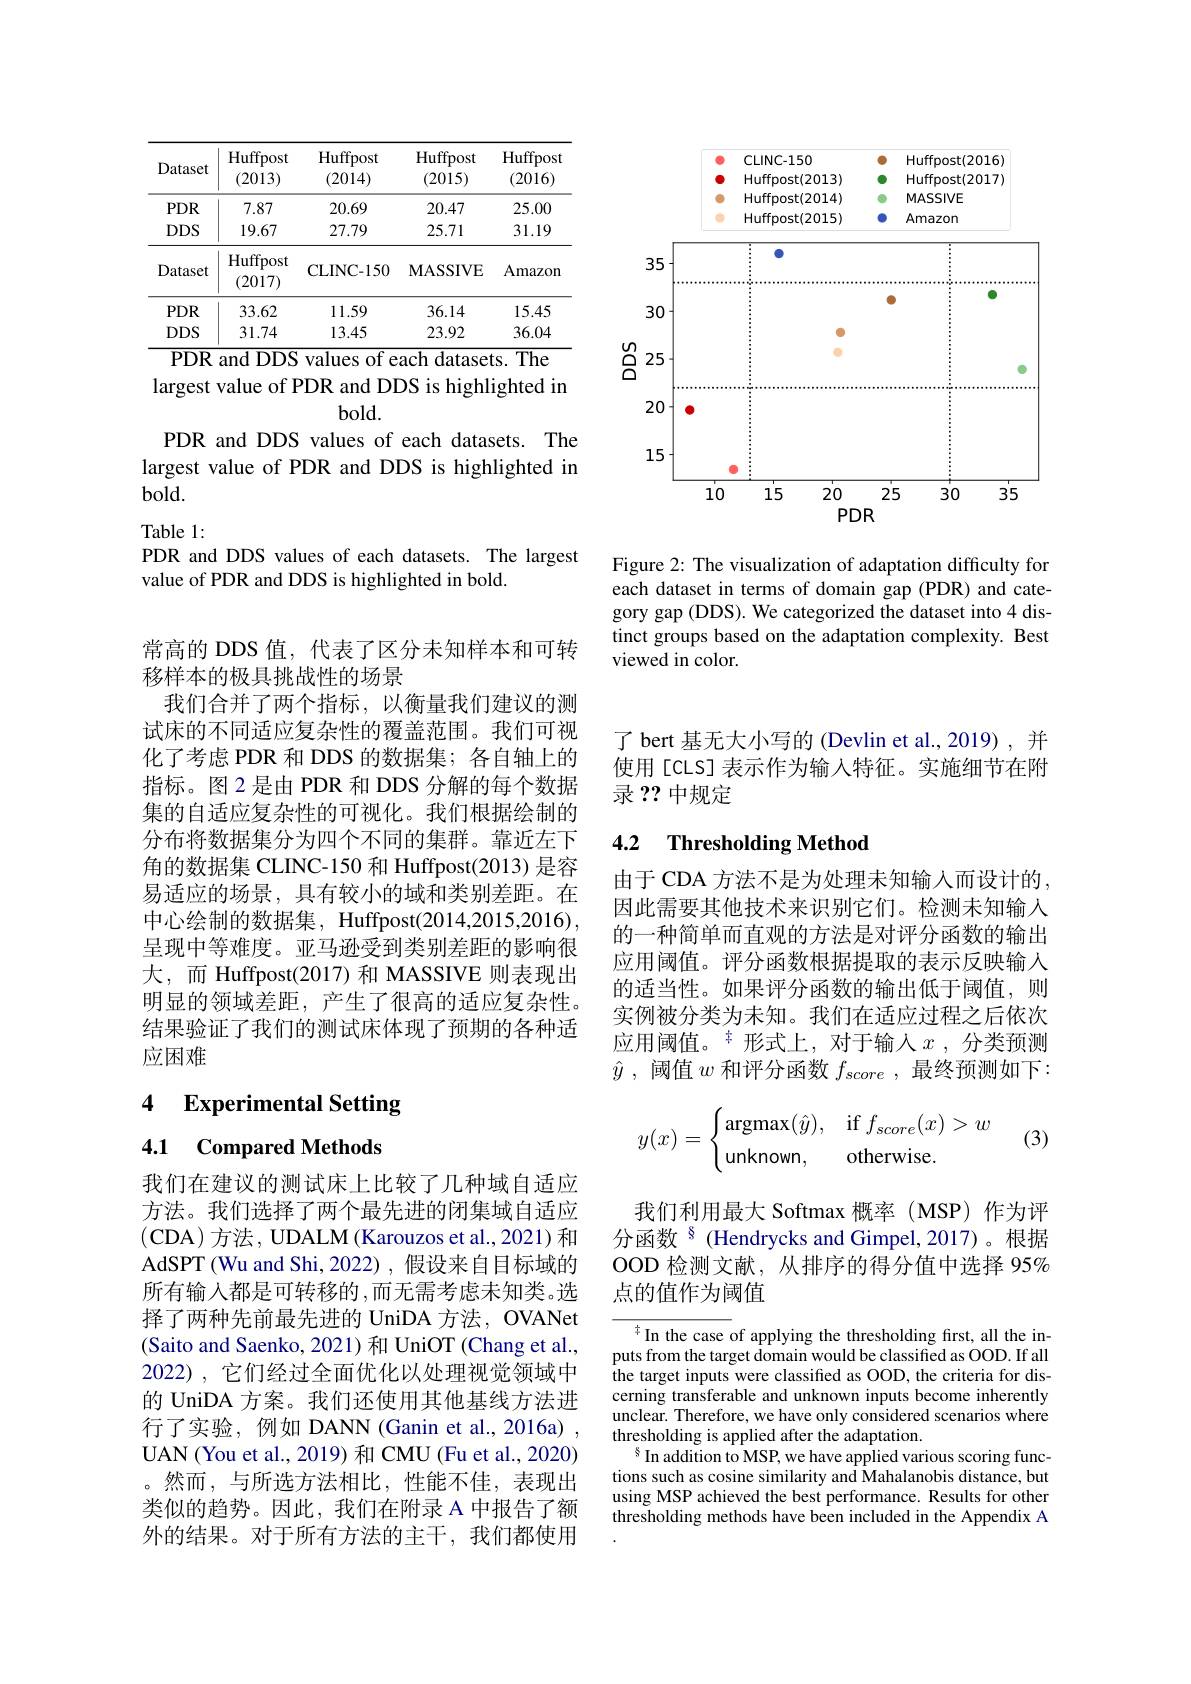
<table>
	<tbody>
		<tr>
			<th>Dataset</th>
			<th>Huffpost (2013)</th>
			<th>Huffpost (2014)</th>
			<th>Huffpost (2015)</th>
			<th>Huffpost (2016)</th>
		</tr>
		<tr>
			<td>$PDR$</td>
			<td>7.87</td>
			<td>20.69</td>
			<td>20.47</td>
			<td>25.00</td>
		</tr>
		<tr>
			<td>$DDS$</td>
			<td>19.67</td>
			<td>27.79</td>
			<td>25.71</td>
			<td>31.19</td>
		</tr>
		<tr>
			<td>Dataset</td>
			<td>Huffpost (2017)</td>
			<td>CLINC- 150</td>
			<td>$\mathbf{MASSIVE}$</td>
			<td>Amazon</td>
		</tr>
		<tr>
			<td>$PDR$</td>
			<td>33.62</td>
			<td>11.59</td>
			<td>36.14</td>
			<td>15.45</td>
		</tr>
		<tr>
			<td>$DDS$</td>
			<td>31.74</td>
			<td>13.45</td>
			<td>23.92</td>
			<td>36.04</td>
		</tr>
	</tbody>
</table>
PDR and DDS values of each datasets. The

largest value of PDR and DDS is highlighted in

$bold.$

PDR and DDS values of each datasets. The largest value of PDR and DDS is highlighted in $bold.$

Table 1:
PDR and DDS values of each datasets. The largest
value of PDR and DDS is highlighted in bold.

<FigureHere>

Figure 2: The visualization of adaptation difficulty for each dataset in terms of domain gap (PDR) and category gap (DDS). We categorized the dataset into 4 distinct groups based on the adaptation complexity. Best viewed in color.

常高的 DDS 值，代表了区分未知样本和可转
移样本的极具挑战性的场景
我们合并了两个指标，以衡量我们建议的测试床的不同适应复杂性的覆盖范围。我们可视化了考虑 PDR 和 DDS 的数据集；各自轴上的指标。图 2 是由 PDR 和 DDS 分解的每个数据集的自适应复杂性的可视化。我们根据绘制的分布将数据集分为四个不同的集群。靠近左下角的数据集 CLINC-150 和 Huffpost(2013) 是容易适应的场景，具有较小的域和类别差距。在中心绘制的数据集，Huffpost(2014,2015,2016), 呈现中等难度。亚马逊受到类别差距的影响很大，而 Huffpost(2017) 和 MASSIVE 则表现出明显的领域差距，产生了很高的适应复杂性。结果验证了我们的测试床体现了预期的各种适应困难

## 4 Experimental Setting

4.1 Compared Methods

我们在建议的测试床上比较了几种域自适应方法。我们选择了两个最先进的闭集域自适应(CDA)方法 , UDALM (Karouzos et al., 2021) 和AdSPT(Wu and Shi, 2022), 假设来自目标域的所有输入都是可转移的 ,而无需考虑未知类。选择了两种先前最先进的 UniDA 方法，OVANet (Saito and Saenko, 2021) 和 UniOT (Chang et al., 2022), 它们经过全面优化以处理视觉领域中的 UniDA 方案。我们还使用其他基线方法进行了实验，例如 DANN (Ganin et al., 2016a) , UAN (You et al., 2019) 和 CMU (Fu et al., 2020) 。然而，与所选方法相比，性能不佳，表现出类似的趋势。因此，我们在附录 A 中报告了额外的结果。对于所有方法的主干，我们都使用

了 bert 基无大小写的 (Devlin et al.,2019),并使用[CLS] 表示作为输入特征。实施细节在附录 ?? 中规定

## 4.2 $\textbf{Thresholding Method}$

由于 CDA 方法不是为处理未知输入而设计的， 因此需要其他技术来识别它们。检测未知输入的一种简单而直观的方法是对评分函数的输出应用阈值。评分函数根据提取的表示反映输入的适当性。如果评分函数的输出低于阈值，则实例被分类为未知。我们在适应过程之后依次应用阈值。$^{\ddagger}$形式上，对于输入$x$,分类预测$\hat{y}$ , 阈值$w$和评分函数$f_score$ ,最终预测如下：

(3)
$$y(x)=\begin{cases}\operatorname{argmax}(\hat{y}),&\text{if}f_{score}(x)>w\\\text{unknown},&\text{otherwise}.\end{cases}$$
我们利用最大 Softmax 概率(MSP)作为评分函数$^{8}$ (Hendrycks and Gimpel,2017)。根据OOD 检测文献，从排序的得分值中选择 95% 点的值作为阈值

$^{\pm}$In the case of applying the thresholding first, all the inputs from the target domain would be classified as OOD. If all the target inputs were classified as OOD, the criteria for discerning transferable and unknown inputs become inherently unclear. Therefore, we have only considered scenarios where thresholding is applied after the adaptation.
$^{8}$ In addition to MSP, we have applied various scoring functions such as cosine similarity and Mahalanobis distance, but using MSP achieved the best performance. Results for other thresholding methods have been included in the Appendix A